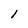
Character: 1